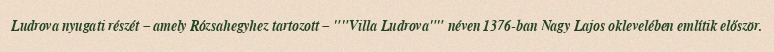
Ludrova nyugati részét – amely Rózsahegyhez tartozott – ""Villa Ludrova"" néven 1376-ban Nagy Lajos oklevelében említik először.